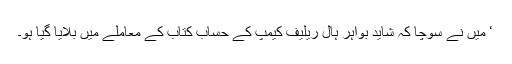
‘ میں نے سوچا کہ شاید بواہر ہال ریلیف کیمپ کے حساب کتاب کے معاملے میں بلایا گیا ہو۔